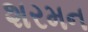
શરમન